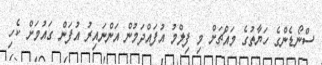
ސްނޯޑެންގެ ހަޔާތުގެ މައްޗަށް މި ފިލްމު އުފައްދަމުން އަންނައިރު އުފަން ގައުމަށް ކެހި